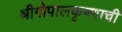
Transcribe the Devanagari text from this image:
श्रीगोपालकृष्णाची